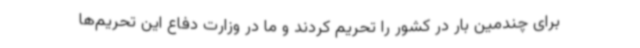
برای چندمین بار در کشور را تحریم کردند و ما در وزارت دفاع این تحریم‌ها